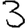
Digit: 3